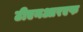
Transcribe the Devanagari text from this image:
टीएनआरएफ